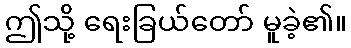
ဤသို့ ရေးခြယ်တော် မူခဲ့၏။